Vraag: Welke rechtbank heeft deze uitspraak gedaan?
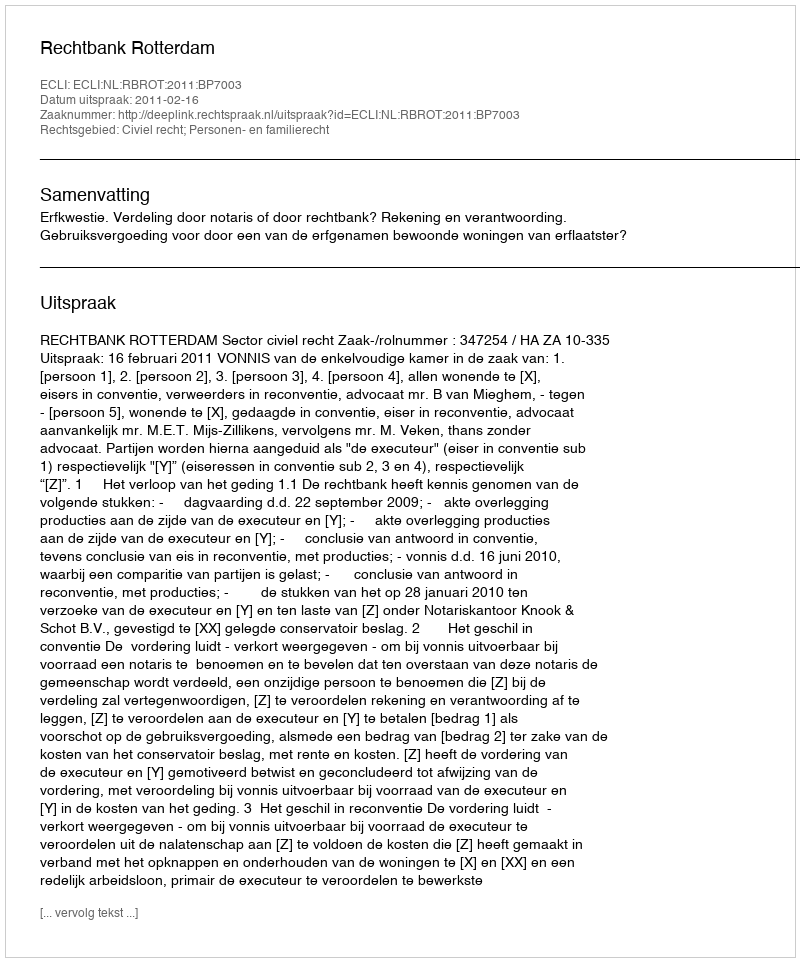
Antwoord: Rechtbank Rotterdam